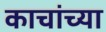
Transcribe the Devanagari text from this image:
काचांच्या